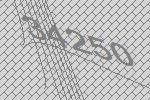
34250